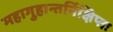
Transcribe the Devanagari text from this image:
महागुहान्तर्निक्षिप्तः